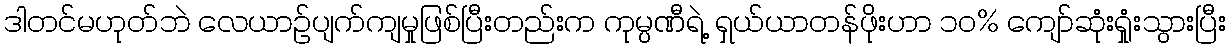
ဒါတင်မဟုတ်ဘဲ လေယာဉ်ပျက်ကျမှုဖြစ်ပြီးတည်းက ကုမ္ပဏီရဲ့ ရှယ်ယာတန်ဖိုးဟာ ၁၀% ကျော်ဆုံးရှုံးသွားပြီး